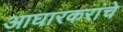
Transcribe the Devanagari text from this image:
आघारकरांचे